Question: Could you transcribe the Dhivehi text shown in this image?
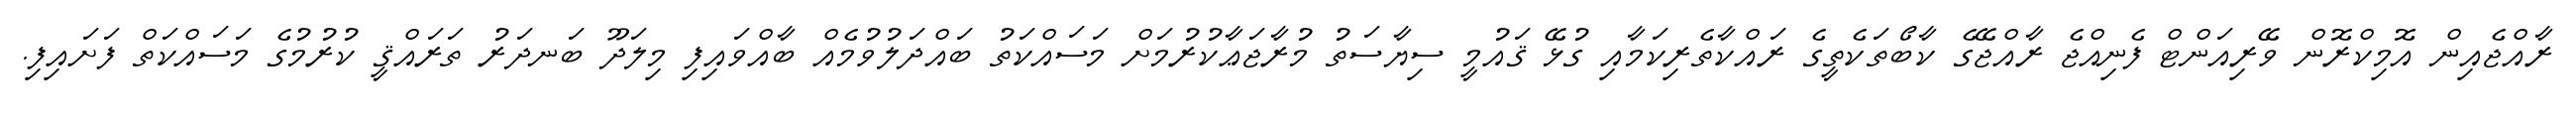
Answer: ރާއްޖެއިން އޮމިކްރޮން ވޭރިއަންޓް ފެނިއްޖެ ރާއްޖޭގެ ކާބޯތަކެތީގެ ރައްކާތެރިކަމާއި ގުޅޭ ޤައުމީ ސިޔާސަތު މުރާޖަޢާކުރުމަށް މަސައްކަތު ބައްދަލުވުމެއް ބާއްވައިފި މިލަދޫ ބަނދަރު ތަރައްޤީ ކުރުމުގެ މަސައްކަތް ފަށައިފި.